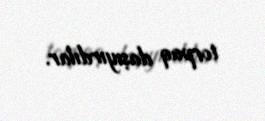
torpaq daşıyırdılar.